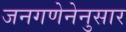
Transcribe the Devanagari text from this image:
जनगणेनेनुसार